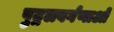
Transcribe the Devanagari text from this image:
पुद्गलवर्गणाओं